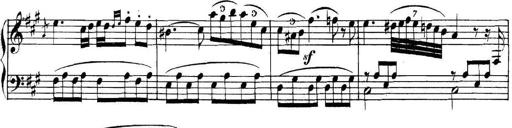
Title: Collected Piano Sonatas
Composer: Muzio Clementi